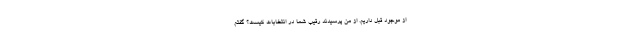
از موجود قبل داریم. از من پرسیدند رقیب شما در انتخابات کیست؟ گفتم